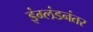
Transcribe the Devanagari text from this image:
इंग्लंडनंतर